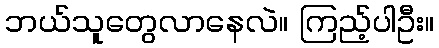
ဘယ်သူတွေလာနေလဲ။ ကြည့်ပါဦး။